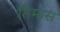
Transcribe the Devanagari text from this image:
तिमास